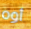
أوه